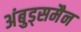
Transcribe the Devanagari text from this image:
अंबुड्समैन